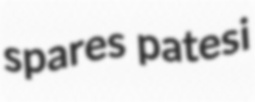
spares patesi